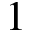
1